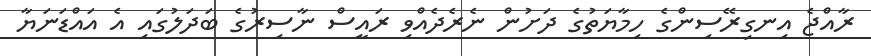
ރާއްޖެ އިނގިރޭސިންގެ ހިމާޔަތުގެ ދަށުން ނެރެދެއްވި ރައީސް ނާސިރުގެ ބަދަލުގައި އެ އައްޑަނަޔާ